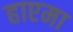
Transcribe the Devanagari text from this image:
हाएमा